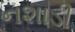
નશાડી